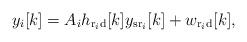
LaTeX: \begin{align*}y_i[k]=A_i h_{\mathrm{r}_i\mathrm{d}}[k]y_{\mathrm{sr}_i}[k]+w_{\mathrm{r}_i\mathrm{d}}[k],\end{align*}